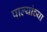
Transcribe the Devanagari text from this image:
पाल्यांच्या